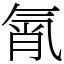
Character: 㲵